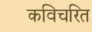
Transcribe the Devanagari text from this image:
कविचरित